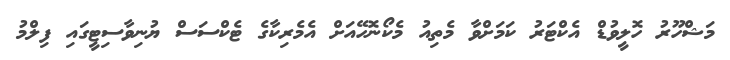
މަޝްހޫރު ހޮލީވުޑް އެކްޓަރު ކަމަށްވާ މެތިއު މެކޯނޮހޭއަށް އެމެރިކާގެ ޓެކްސަސް ޔުނިވާސިޓީގައި ފިލްމު